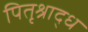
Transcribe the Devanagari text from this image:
पितृश्राद्ध